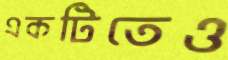
একটিতেও